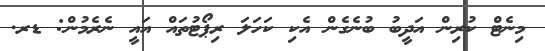
މިނެޓް ކުރިން އަދީބު ބުނެގެން އެކި ކަހަލަ ރިޕޯޓުތައް އައީ ނެރެމުން: ޑރ.